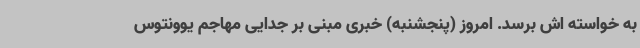
به خواسته اش برسد. امروز (پنجشنبه) خبری مبنی بر جدایی مهاجم یوونتوس